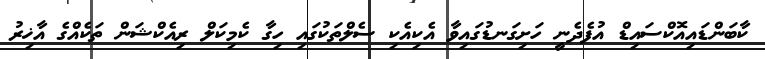
ކާބަންޑައިއޮކްސައިޑް އުފެދެނީ ހަށިގަނޑުގައިވާ އެކިއެކި ސެލްތަކުގައި ހިގާ ކެމިކަލް ރިއެކްޝަން ތަކެއްގެ އާޚިރު